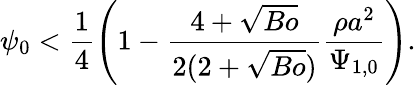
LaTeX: \psi_{0}<\frac{1}{4}\left(1-\frac{4+\sqrt{Bo}}{2(2+\sqrt{Bo})}\frac{\rho{a}^{2}}{\Psi_{1,0}}\right).